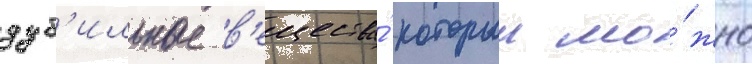
дуб'ильные в'ещества́ которыи мо́жно